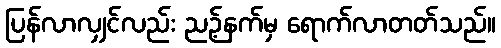
ပြန်လာလျှင်လည်း ညဉ့်နက်မှ ရောက်လာတတ်သည်။